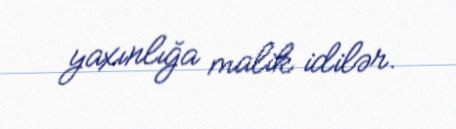
yaxınlığa malik idilər.